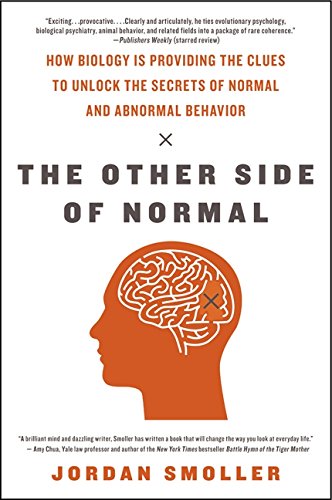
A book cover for The Other Side of Normal: How Biology Is Providing the Clues to Unlock the Secrets of Normal and Abnormal Behavior; Jordan Smoller; Medical Books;